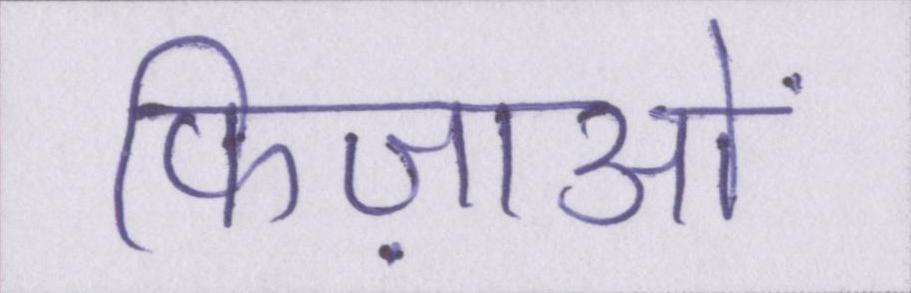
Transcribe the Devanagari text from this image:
फिज़ाओं